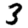
Digit: 3